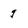
Character: q